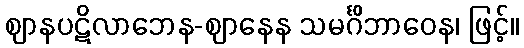
ဈာနပဋိလာဘေန-ဈာနေန သမင်္ဂိဘာဝေန၊ ဖြင့်။